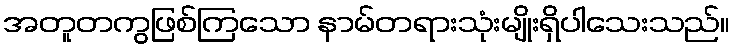
အတူတကွဖြစ်ကြသော နာမ်တရားသုံးမျိုးရှိပါသေးသည်။